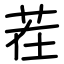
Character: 茬